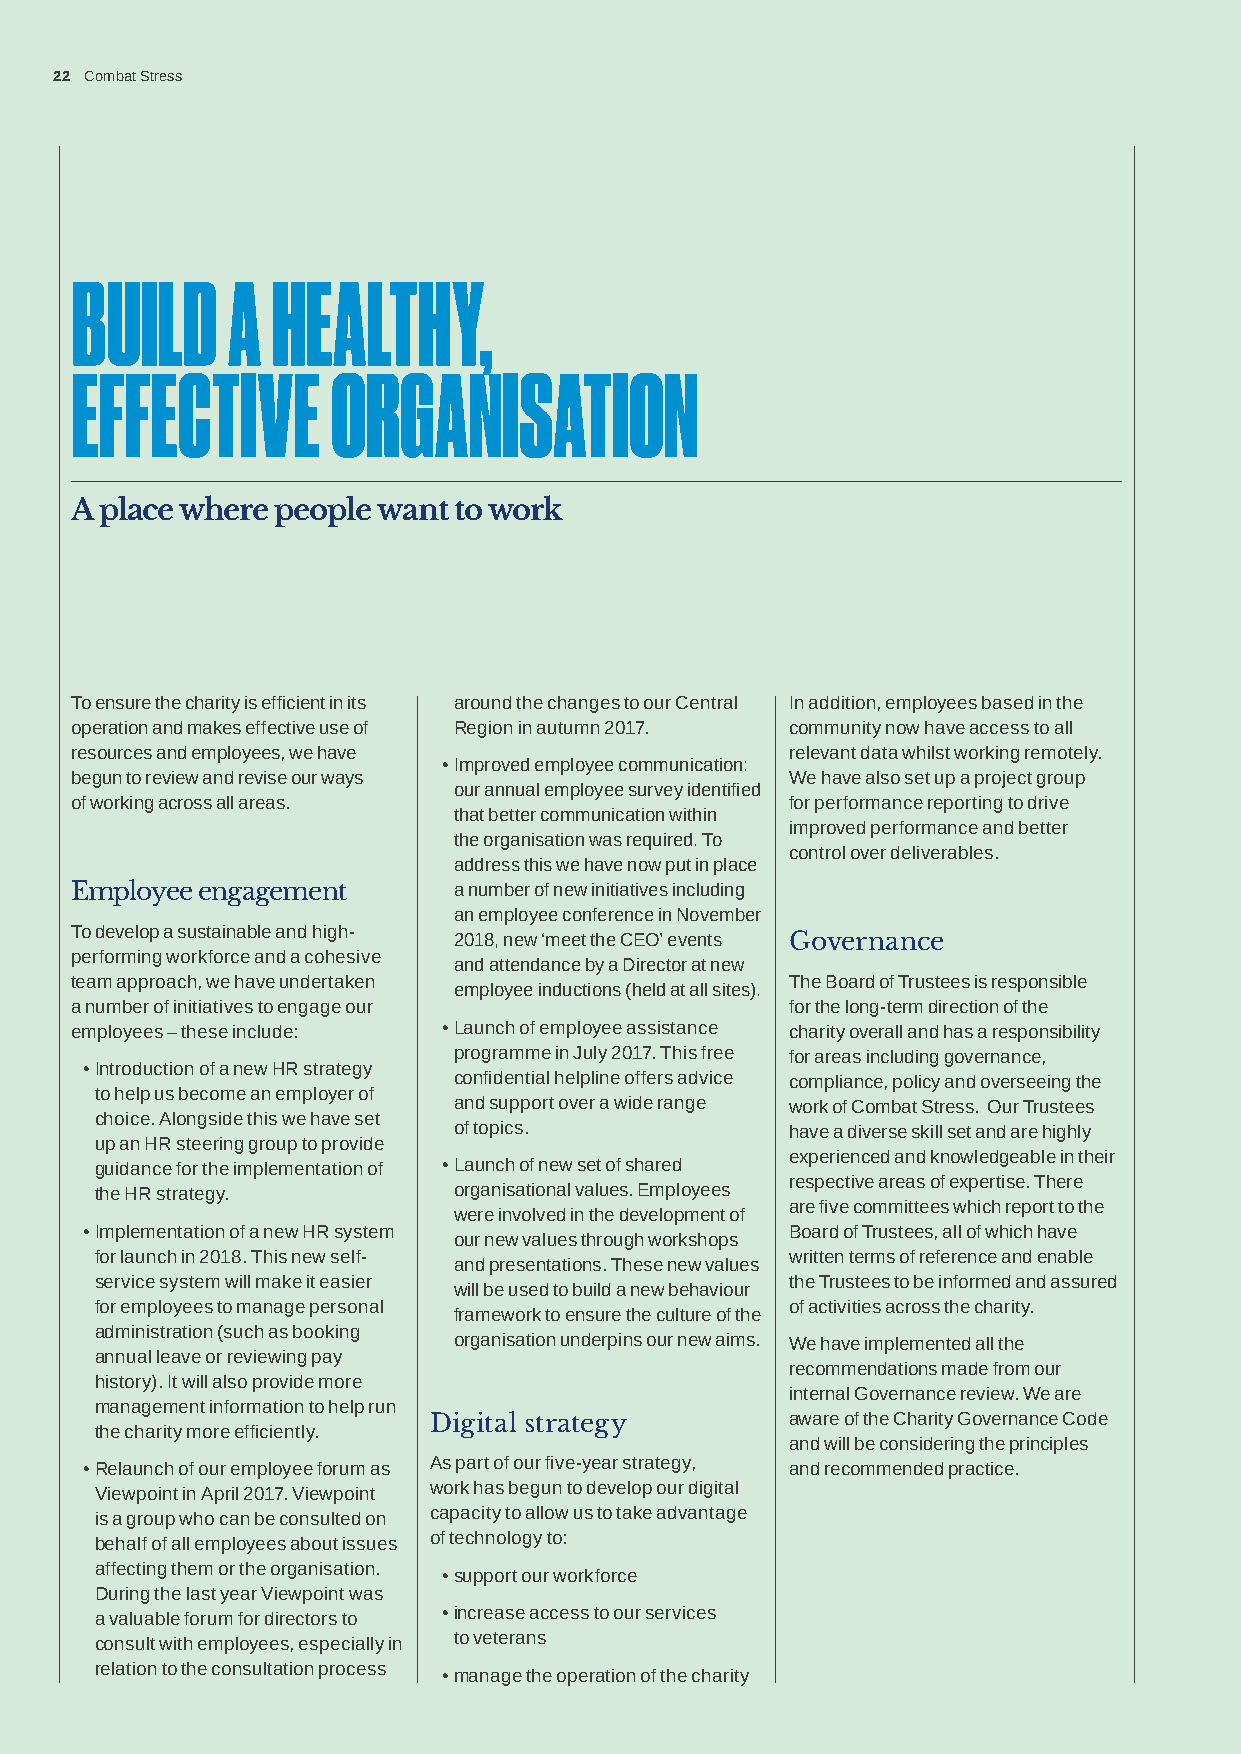
22 Combat Stress
 BUILD     A  HEALTHY,
 EFFECTIVE        ORGANISATION
 A place where people want to work
 To ensure the charity is efficient in its around the changes to our Central In addition, employees based in the
 operation and makes effective use of Region in autumn 2017. community now have access to all
 resources and employees, we have               relevant data whilst working remotely.
 • Improved employee communication:
 begun to review and revise our ways            We have also set up a project group
 our annual employee survey identified
 of working across all areas.                   for performance reporting to drive
 that better communication within
 improved performance and better
 the organisation was required. To
 control over deliverables.
 address this we have now put in place
 Employee engagement      a number of new initiatives including
 an employee conference in November
 To develop a sustainable and high-
 2018, new ‘meet the CEO’ events Governance
 performing workforce and a cohesive
 and attendance by a Director at new
 team approach, we have undertaken              The Board of Trustees is responsible
 employee inductions (held at all sites).
 a number of initiatives to engage our          for the long-term direction of the
 employees – these include: • Launch of employee assistance charity overall and has a responsibility
 programme in July 2017. This free for areas including governance,
 • Introduction of a new HR strategy
 confidential helpline offers advice compliance, policy and overseeing the
 to help us become an employer of
 and support over a wide range work of Combat Stress. Our Trustees
 choice. Alongside this we have set
 of topics.            have a diverse skill set and are highly
 up an HR steering group to provide
 experienced and knowledgeable in their
 guidance for the implementation of • Launch of new set of shared
 respective areas of expertise. There
 the HR strategy.        organisational values. Employees
 are five committees which report to the
 were involved in the development of
 • Implementation of a new HR system            Board of Trustees, all of which have
 our new values through workshops
 for launch in 2018. This new self-            written terms of reference and enable
 and presentations. These new values
 service system will make it easier            the Trustees to be informed and assured
 will be used to build a new behaviour
 for employees to manage personal              of activities across the charity.
 framework to ensure the culture of the
 administration (such as booking
 organisation underpins our new aims. We have implemented all the
 annual leave or reviewing pay
 recommendations made from our
 history). It will also provide more
 internal Governance review. We are
 management information to help run
 Digital strategy        aware of the Charity Governance Code
 the charity more efficiently.
 and will be considering the principles
 • Relaunch of our employee forum as As part of our five-year strategy, and recommended practice.
 Viewpoint in April 2017. Viewpoint work has begun to develop our digital
 is a group who can be consulted on capacity to allow us to take advantage
 behalf of all employees about issues of technology to:
 affecting them or the organisation.
 • support our workforce
 During the last year Viewpoint was
 a valuable forum for directors to • increase access to our services
 consult with employees, especially in to veterans
 relation to the consultation process
 • manage the operation of the charity